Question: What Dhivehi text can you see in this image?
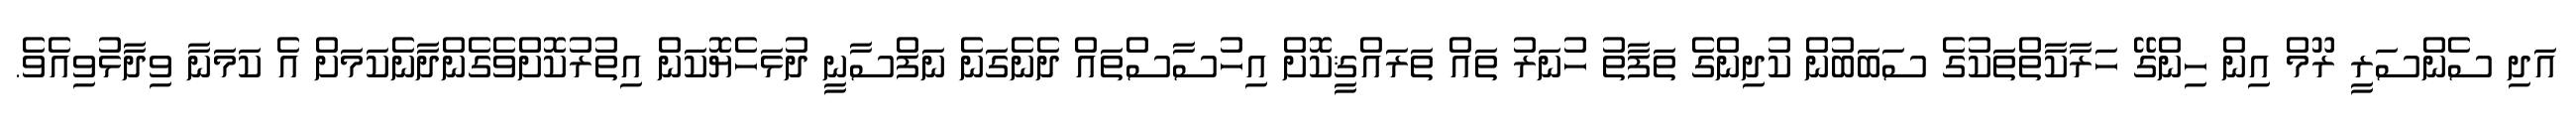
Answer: އަދި ސެންސަރީ ރޫމް އިން ހިންގޭ ހަރާކާތްތަކުގެ ސަބަބުން ކުދިންގެ ތަފާތު ހުނަރު ތައް ތަރައްޤީކޮށް އިހުސާސްތައް ދެނެގަނެ ނަފްސާނީ ދުޅަހެޔޮކަން އިތުރުކޮށްވެގެންދާނެކަމަށް އެ ކަމަނާ ވިދާޅުވިއެވެ.